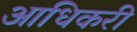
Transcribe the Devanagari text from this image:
आधिकरी